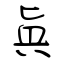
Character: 眞